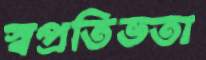
স্বপ্রতিভতা